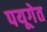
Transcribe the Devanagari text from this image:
पयूगेत